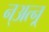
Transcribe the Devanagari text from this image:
न्अत्न्र्